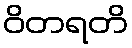
ဝိတရတိ